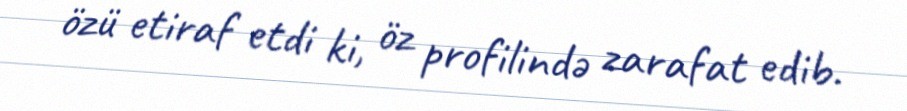
özü etiraf etdi ki, öz profilində zarafat edib.